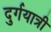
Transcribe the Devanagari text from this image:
दुर्गयात्री